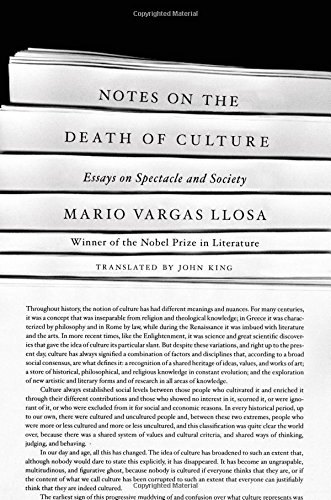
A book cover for Notes on the Death of Culture: Essays on Spectacle and Society; Mario Vargas Llosa; Politics & Social Sciences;